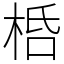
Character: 桰